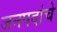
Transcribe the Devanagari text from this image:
जनपदांचे